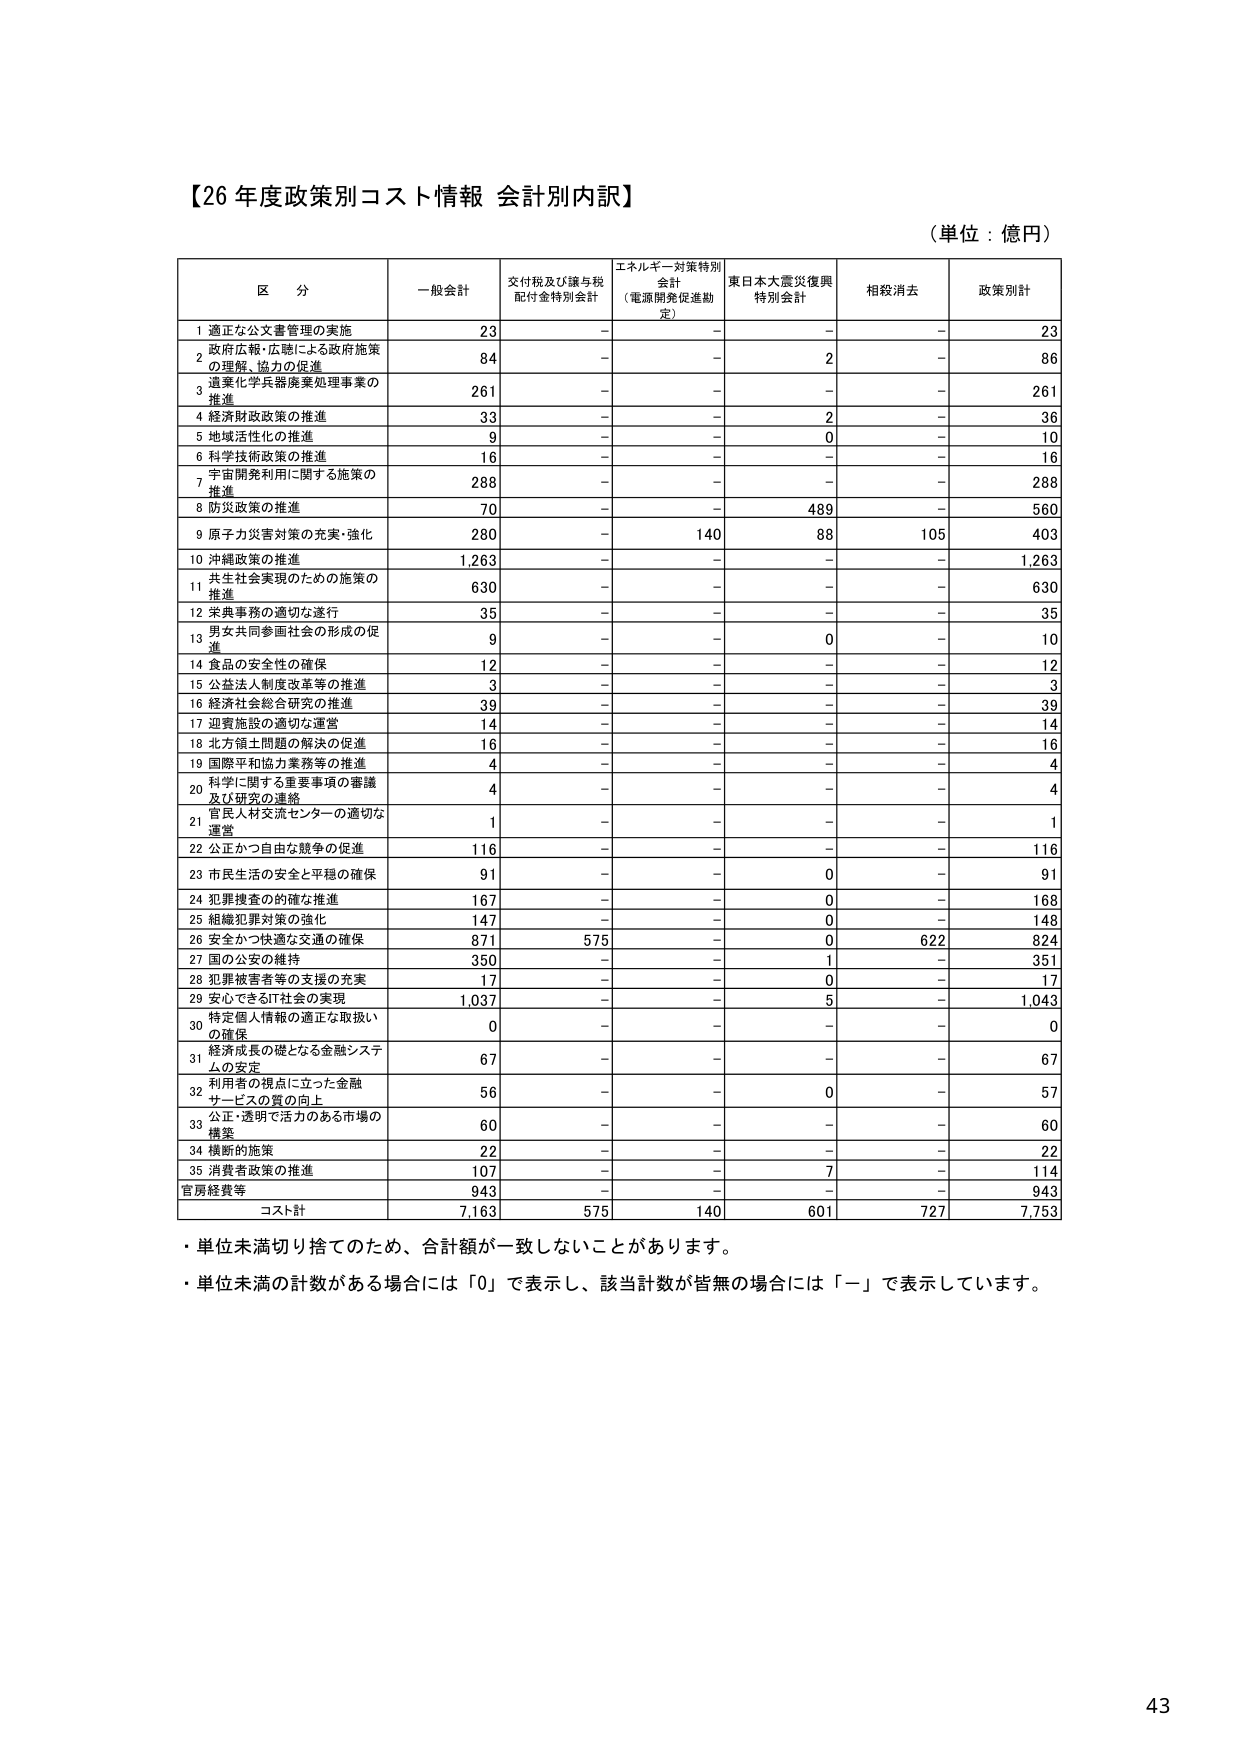
【26年度政策別コスト情報 会計別内訳】

（単位：億円）

区 分 一般会計 交付税及び譲与税 配付金特別会計 エネルギー対策特別 会計 （電源開発促進勘 定） 東日本大震災復興 特別会計 相殺消去 政策別計

1 適正な公文書管理の実施 23 - - - - 23

2 政府広報・広聴による政府施策 の理解、協力の促進 84 - - 2 - 86

3 遺棄化学兵器廃棄処理事業の 推進 261 - - - - 261

4 経済財政政策の推進 33 - - 2 - 36

5 地域活性化の推進 9 - - 0 - 10

6 科学技術政策の推進 16 - - - - 16

7 宇宙開発利用に関する施策の 推進 288 - - - - 288

8 防災政策の推進 70 - - 489 - 560

9 原子力災害対策の充実・強化 280 - 140 88 105 403

10 沖縄政策の推進 1,263 - - - - 1,263

11 共生社会実現のための施策の 推進 630 - - - - 630

12 栄典事務の適切な遂行 35 - - - - 35

13 男女共同参画社会の形成の促 進 9 - - 0 - 10

14 食品の安全性の確保 12 - - - - 12

15 公益法人制度改革等の推進 3 - - - - 3

16 経済社会総合研究の推進 39 - - - - 39

17 迎賓施設の適切な運営 14 - - - - 14

18 北方領土問題の解決の促進 16 - - - - 16

19 国際平和協力業務等の推進 4 - - - - 4

20 科学に関する重要事項の審議 及び研究の連絡 4 - - - - 4

21 官民人材交流センターの適切な 運営 1 - - - - 1

22 公正かつ自由な競争の促進 116 - - - - 116

23 市民生活の安全と平穏の確保 91 - - 0 - 91

24 犯罪捜査の的確な推進 167 - - 0 - 168

25 組織犯罪対策の強化 147 - - 0 - 148

26 安全かつ快適な交通の確保 871 575 - 0 622 824

27 国の公安の維持 350 - - 1 - 351

28 犯罪被害者等の支援の充実 17 - - 0 - 17

29 安心できるIT社会の実現 1,037 - - 5 - 1,043

30 特定個人情報の適正な取扱い の確保 0 - - - - 0

31 経済成長の礎となる金融システ ムの安定 67 - - - - 67

32 利用者の視点に立った金融 サービスの質の向上 56 - - 0 - 57

33 公正・透明で活力のある市場の 構築 60 - - - - 60

34 横断的施策 22 - - - - 22

35 消費者政策の推進 107 - - 7 - 114

官房経費等 943 - - - - 943

コスト計 7,163 575 140 601 727 7,753

・単位未満切り捨てのため、合計額が一致しないことがあります。

・単位未満の計数がある場合には「0」で表示し、該当計数が皆無の場合には「－」で表示しています。

43